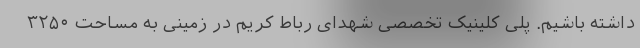
داشته باشیم. پلی کلینیک تخصصی شهدای رباط کریم در زمینی به مساحت ۳۲۵۰